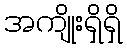
အကျိုးရှိရှိ